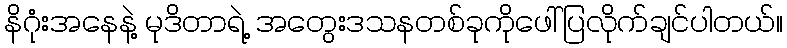
နိဂုံးအနေနဲ့ မုဒိတာရဲ့ အတွေးဒသနတစ်ခုကိုဖေါ်ပြလိုက်ချင်ပါတယ်။